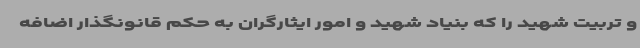
و تربیت شهید را که بنیاد شهید و امور ایثارگران به حکم قانونگذار اضافه